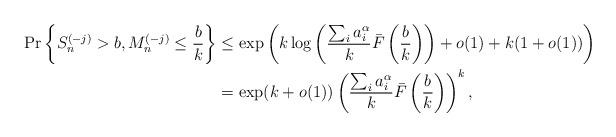
LaTeX: \begin{align*} \Pr \left\{ S_n^{(-j)} > b, M_n^{(-j)} \leq \frac{b}{k}\right\} &\leq \exp \left( k\log \left( \frac{\sum_i a_i^\alpha}{k} \bar{F} \left( \frac{b}{k}\right)\right) + o(1) + k (1+o(1)) \right)\\ &= \exp(k+o(1)) \left( \frac{\sum_i a_i^\alpha}{k} \bar{F}\left(\frac{b}{k}\right)\right)^k,\end{align*}